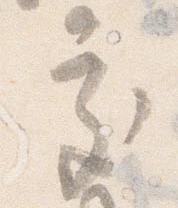
処